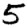
Digit: 5